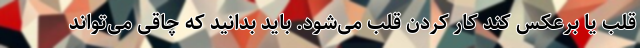
قلب یا برعکس کند کار کردن قلب می‌شود. باید بدانید که چاقی می‌تواند